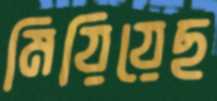
মিয়িয়েছ